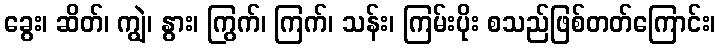
ခွေး၊ ဆိတ်၊ ကျွဲ၊ နွား၊ ကြွက်၊ ကြက်၊ သန်း၊ ကြမ်းပိုး စသည်ဖြစ်တတ်ကြောင်း၊